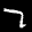
Label: 7